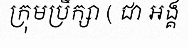
ក្រុមប្រឹក្សា ( ជា អង្គ